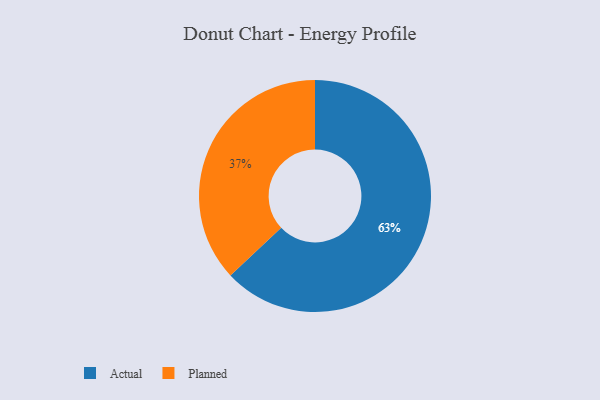
{"axis": {"x": "Category", "y": "Percentage"}, "legend": ["Actual", "Planned"], "data": [{"x": "Planned", "y": 37, "type": "Planned"}, {"x": "Actual", "y": 63, "type": "Actual"}]}